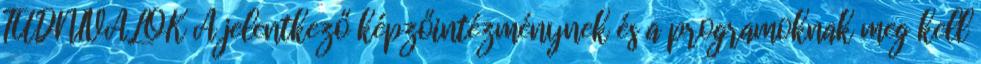
TUDNIVALÓK A jelentkező képzőintézménynek és a programoknak meg kell